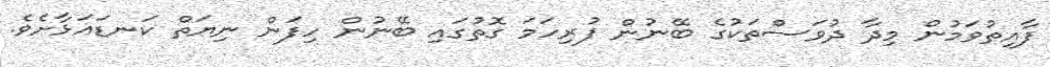
ފާއިތުވަމުން މިދާ ދުވަސްތަކުގެ ބޭނުން ފުރިހަމަ ގޮތުގައި ބޭނުން ހިފަން ނިޔަތް ކަނޑައަޅާށެވެ.